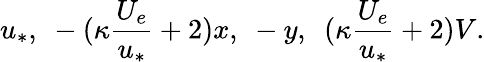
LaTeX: u_{*},\ -(\kappa\frac{U_{e}}{u_{*}}+2)x,\ -y,\ \ (\kappa\frac{U_{e}}{u_{*}}+2)V.